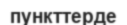
пункттерде